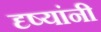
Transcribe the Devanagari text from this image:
दृष्यांनी